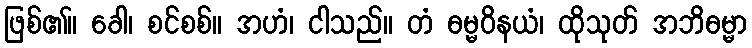
ဖြစ်၏။ ခေါ၊ စင်စစ်။ အဟံ၊ ငါသည်။ တံ ဓမ္မဝိနယံ၊ ထိုသုတ် အဘိဓမ္မာ